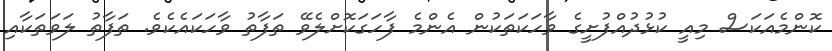
ކޮންމެއަކަސް މިއީ ކުޅުދުއްފުށީގެ ވާހަކަތަކުން އެންމެ ފާހަގަކޮށްލެވޭ ތަފާތު ވާހަކައެކެވެ. ތަފާތު ލަވަތަކާއި